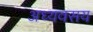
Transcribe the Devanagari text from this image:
अध्यवसय